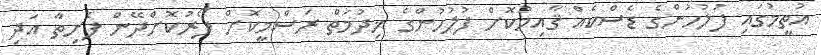
އުތީމުގައި ފުލުހުންގެ ޑެސްކެއް ޤާއިމުކޮށް ފުލުހުންގެ ޚިދުމަތް ރަސްމީކޮށް ފޯރުކޮށްދޭން ފެށިތާ އަދި